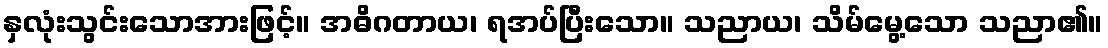
နှလုံးသွင်းသောအားဖြင့်။ အဓိဂတာယ၊ ရအပ်ပြီးသော။ သညာယ၊ သိမ်မွေ့သော သညာ၏။